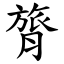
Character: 膂